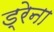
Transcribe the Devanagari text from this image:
ड्रेना